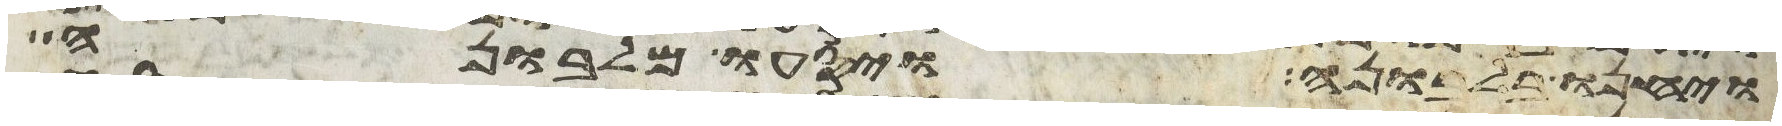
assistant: ויחנו בלבונה ויסעו מלבונה